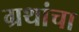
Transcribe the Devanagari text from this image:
ग्रथांचा